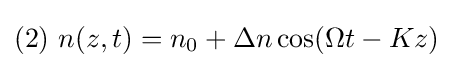
(2)\ n(z,t)=n_{0}+\Delta n\cos(\Omega t-Kz)